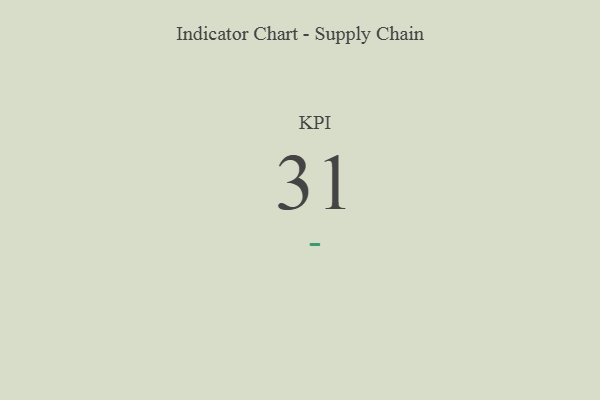
{"axis": {"x": "KPI", "y": "Value"}, "legend": [""], "data": [{"x": "KPI", "y": 31, "type": ""}]}